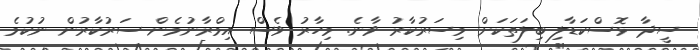
ސީދާ ޅޮސްކަޑާލި ބިލަތަކަށް މިސަރުކާރު ވާނެ. މިހާރު ވެސް އިމްރާނުމެން ސަރުކާރުން ނުކުމެ